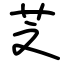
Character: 芝